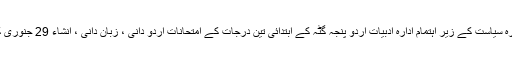
جنوری : ( پریس نوٹ ) : عابد علی خاں ایجوکیشنل ٹرسٹ ادارہ سیاست کے زیر اہتمام ادارہ ادبیات اردو پنجہ گٹہ کے ابتدائی تین درجات کے امتحانات اردو دانی ، زبان دانی ، انشاء 29 جنوری کو صبح 10 تا 1 بجے دن تحریری امتحانات منعقد ہوں گے ۔